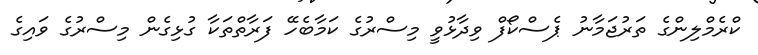
ކްރެމްލިންގެ ތަރުޖަމާނު ޕެސްކޯފް ވިދާޅުވީ މިސްރުގެ ކަމާބެހޭ ފަރާތްތަކާ ގުޅިގެން މިސްރުގެ ވައިގެ